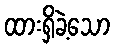
ထားရှိခဲ့သော